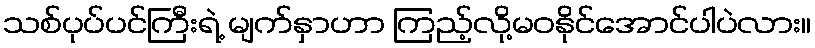
သစ်ပုပ်ပင်ကြီးရဲ့ မျက်နှာဟာ ကြည့်လို့မဝနိုင်အောင်ပါပဲလား။